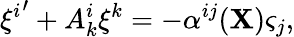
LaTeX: {\xi^{i}}^{\prime}+A_{k}^{i}\xi^{k}=-\alpha^{ij}(\mathbf{X})\varsigma_{j},